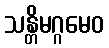
သန္တိမဂ္ဂမေဝ